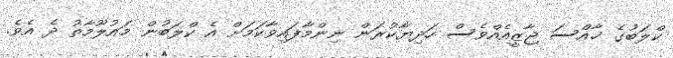
ކްލަބުގެ ޚާއްސަ ޖާޒީއެއްވެސް ހަދިޔާކުރަން ނިންމާފައިވާކަމަށް އެ ކްލަބުން މައުލޫމާތު ދެ އެވެ.